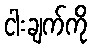
ငါးချက်ကို